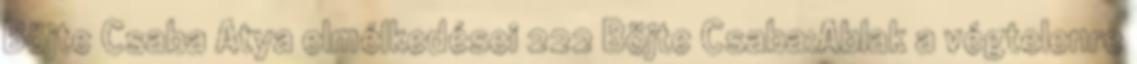
Böjte Csaba Atya elmélkedései 222 Böjte Csaba:Ablak a végtelenre